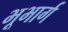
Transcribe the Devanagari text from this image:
भूभार्ग